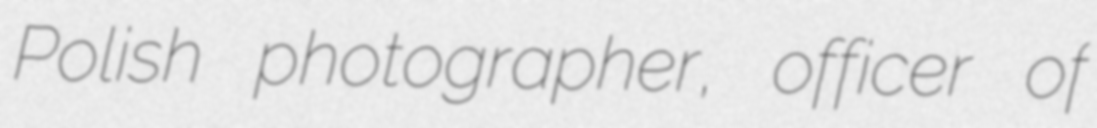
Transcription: Polish photographer, officer of